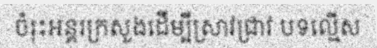
ចំរុះអន្តរក្រសួងដើម្បីស្រាវជ្រាវ បទល្មើស